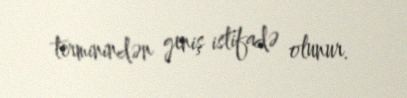
terminindən geniş istifadə olunur.